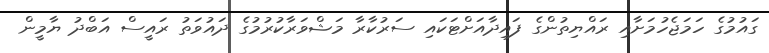
ގައުމުގެ ހަމަޖެހުމަށާއި ރައްޔިތުންގެ ފައިދާއަށްޓަކައި ސަރުކާރާ މަޝްވަރާކުރުމުގެ ދައުވަތު ރައީސް އަބްދު ޔާމީން